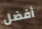
أفضل